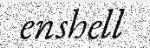
enshell